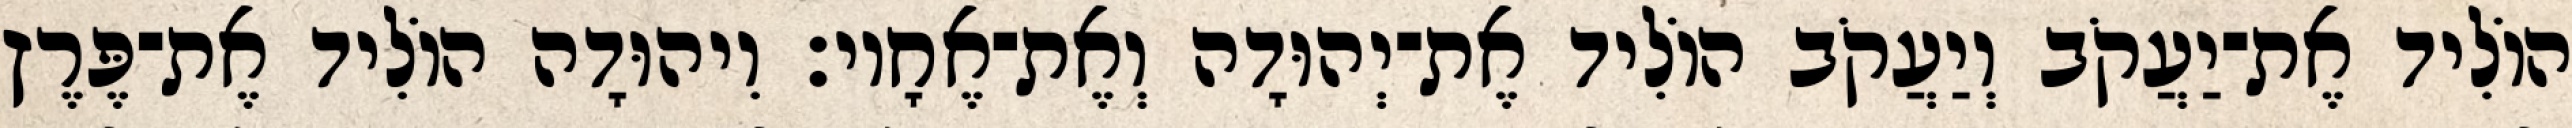
הוֹלִיד אֶת־יַעֲקֹב וְיַעֲקֹב הוֹלִיד אֶת־יְהוּדָה וְאֶת־אֶחָיו׃ וִיהוּדָה הוֹלִיד אֶת־פֶּרֶץ